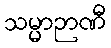
သမ္မာဉာဏီ